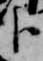
臣